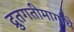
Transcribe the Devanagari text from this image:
द्रुतगतीमार्गाचे